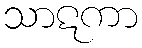
သာဋကာ